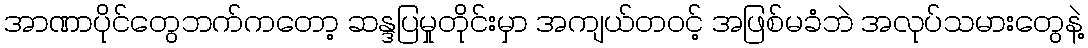
အာဏာပိုင်တွေဘက်ကတော့ ဆန္ဒပြမှုတိုင်းမှာ အကျယ်တဝင့် အဖြစ်မခံဘဲ အလုပ်သမားတွေနဲ့